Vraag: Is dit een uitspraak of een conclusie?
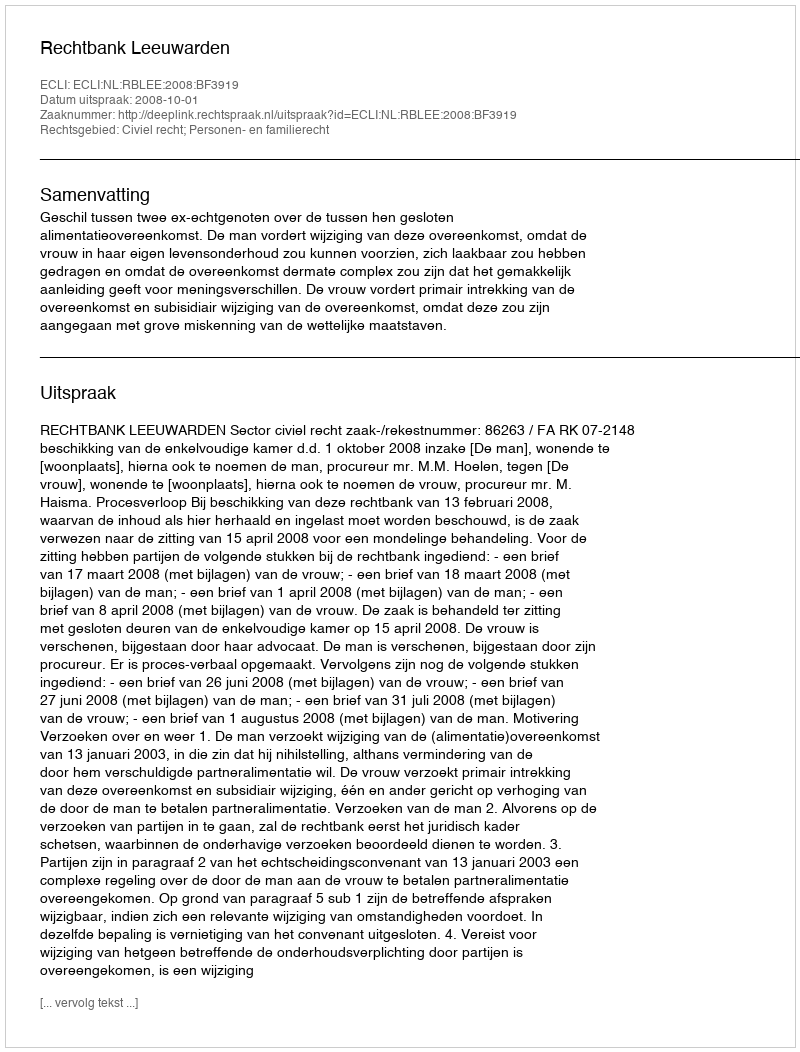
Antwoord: Uitspraak